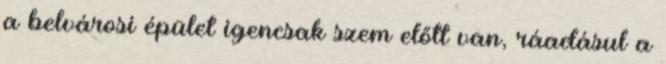
a belvárosi épület igencsak szem előtt van, ráadásul a